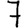
Digit: 7